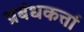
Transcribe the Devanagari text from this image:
प्रबंधकर्त्ता